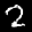
Label: 2